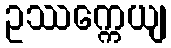
ဥဿက္ကေယျ